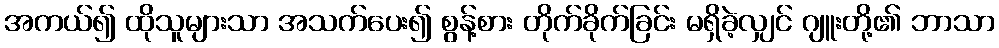
အကယ်၍ ထိုသူများသာ အသက်ပေး၍ စွန့်စား တိုက်ခိုက်ခြင်း မရှိခဲ့လျှင် ဂျူးတို့၏ ဘာသာ